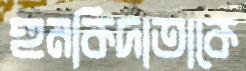
হুমকিদাতাকে